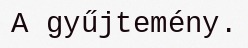
A gyűjtemény.